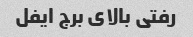
رفتی بالای برج ایفل